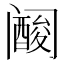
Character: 𱀀